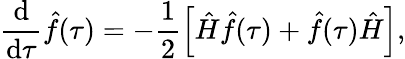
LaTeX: \frac{\mathrm{d}}{\mathrm{d}\tau}\hat{f}(\tau)=-\frac{1}{2}\left[\hat{H}\hat{f}(\tau)+\hat{f}(\tau)\hat{H}\right],